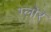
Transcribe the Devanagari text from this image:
ग्लोर